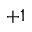
+ 1